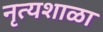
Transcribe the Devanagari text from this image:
नृत्यशाळा